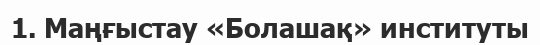
1. Маңғыстау «Болашақ» институты